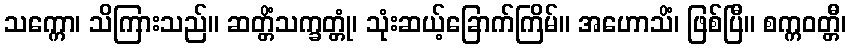
သက္ကော၊ သိကြားသည်။ ဆတ္တိံသက္ခတ္တုံ၊ သုံးဆယ့်ခြောက်ကြိမ်။ အဟောသိံ၊ ဖြစ်ပြီ။ စက္ကဝတ္တီ၊